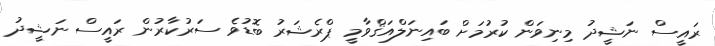
ރައީސް ނަޝީދު މިނިވަން ކުރުމަށް ބައިނަލްއަޤްވާމީ ޕްރެޝަރު ބޮޑުވެ ސަރުކާރުން ރައީސް ނަޝީދު